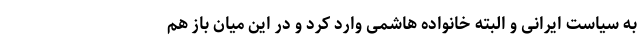
به سیاست ایرانی و البته خانواده هاشمی وارد کرد و در این میان باز هم